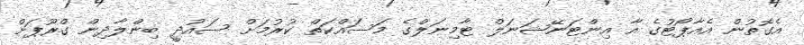
އެގޮތުން އެއާޕޯޓުގެ އާ އިންޓަނޭޝަނަލް ޓާމިނަލްގެ މަސައްކަތް ކުރުމަށް ސައުދީ ބިންލާދިން ގްރޫޕަށް